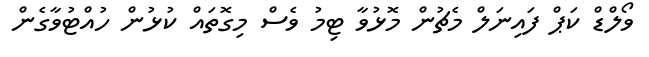
ވޯލްޑް ކަޕް ފައިނަލް މެޗުން މޮޅުވާ ޓިމު ވެސް މިގޮތައް ކުޅުން ހުއްޓުވާގެން